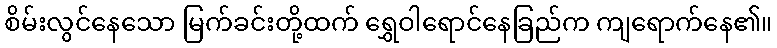
စိမ်းလွင်နေသော မြက်ခင်းတို့ထက် ရွှေဝါရောင်နေခြည်က ကျရောက်နေ၏။